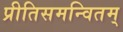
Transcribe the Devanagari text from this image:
प्रीतिसमन्वितम्